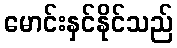
မောင်းနှင်နိုင်သည်